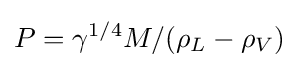
P=\gamma ^{1/4}M/(\rho _{L}-\rho _{V})